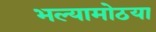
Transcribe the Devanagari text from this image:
भल्यामोठया